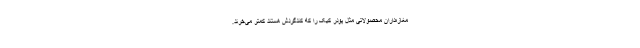
مغازه‌داران محصولاتی مثل پودر کیک را که کندگردش هستند کمتر می‌خرند.